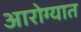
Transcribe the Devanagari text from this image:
आरोग्यात